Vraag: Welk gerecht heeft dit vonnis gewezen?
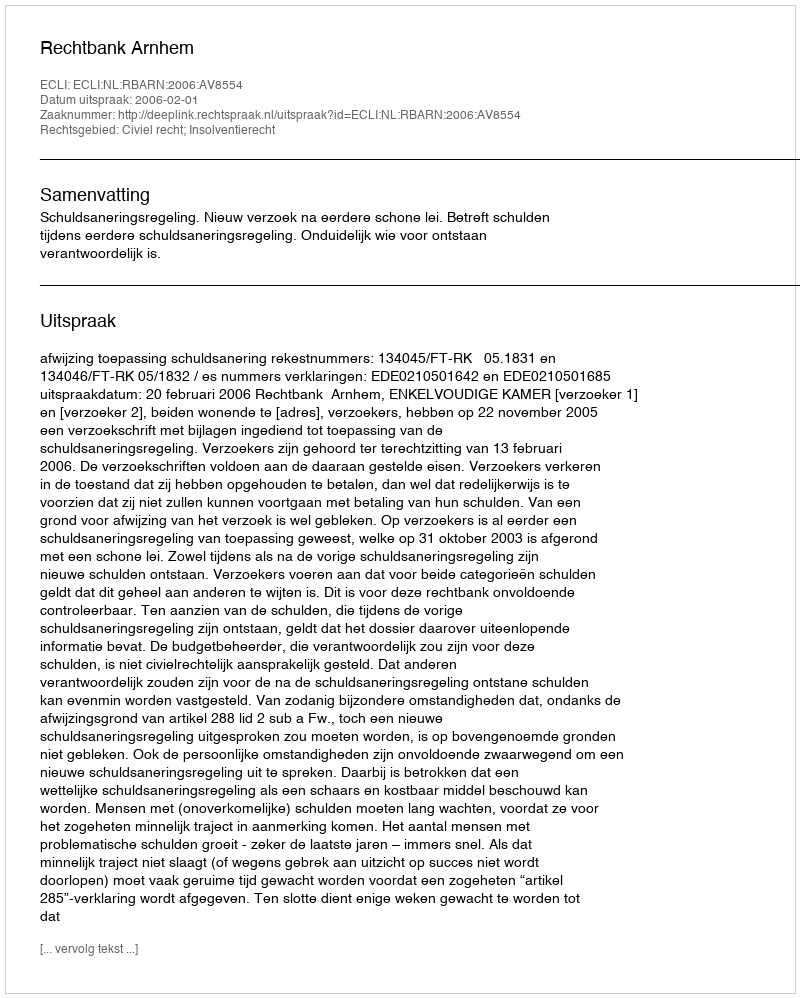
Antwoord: Rechtbank Arnhem